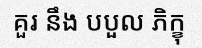
គួរ នឹង បបួល ភិក្ខុ